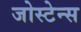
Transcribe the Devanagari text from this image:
जोस्टेन्स